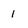
Character: 1